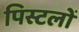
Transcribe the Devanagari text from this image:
पिस्टलों